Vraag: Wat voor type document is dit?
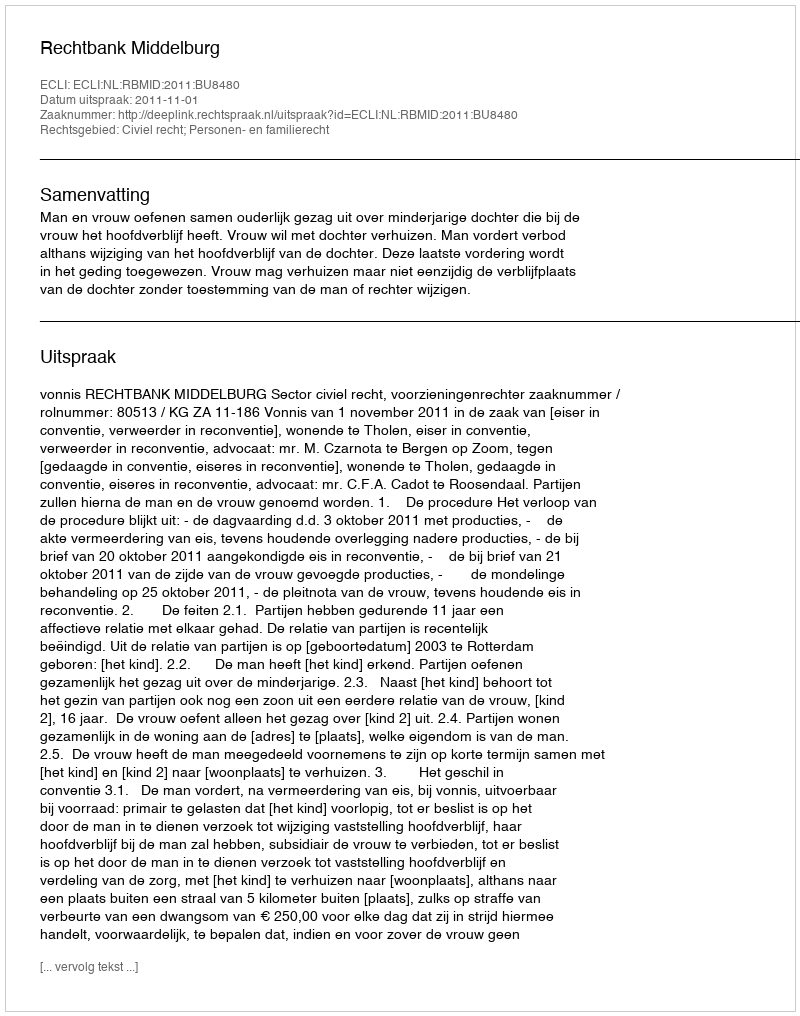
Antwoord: Uitspraak